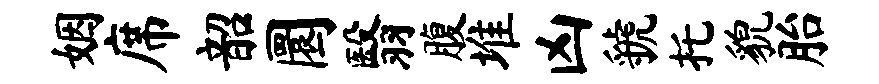
姻席韶圜翳腹堆凶虢托貌胎